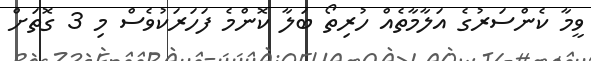
ވީމާ ކެންސަރުގެ އަލާމާތެއް ހުރިތޯ ބަލާ ކޮންމެ ފަހަރަކުވެސް މި 3 ގޮތަށް